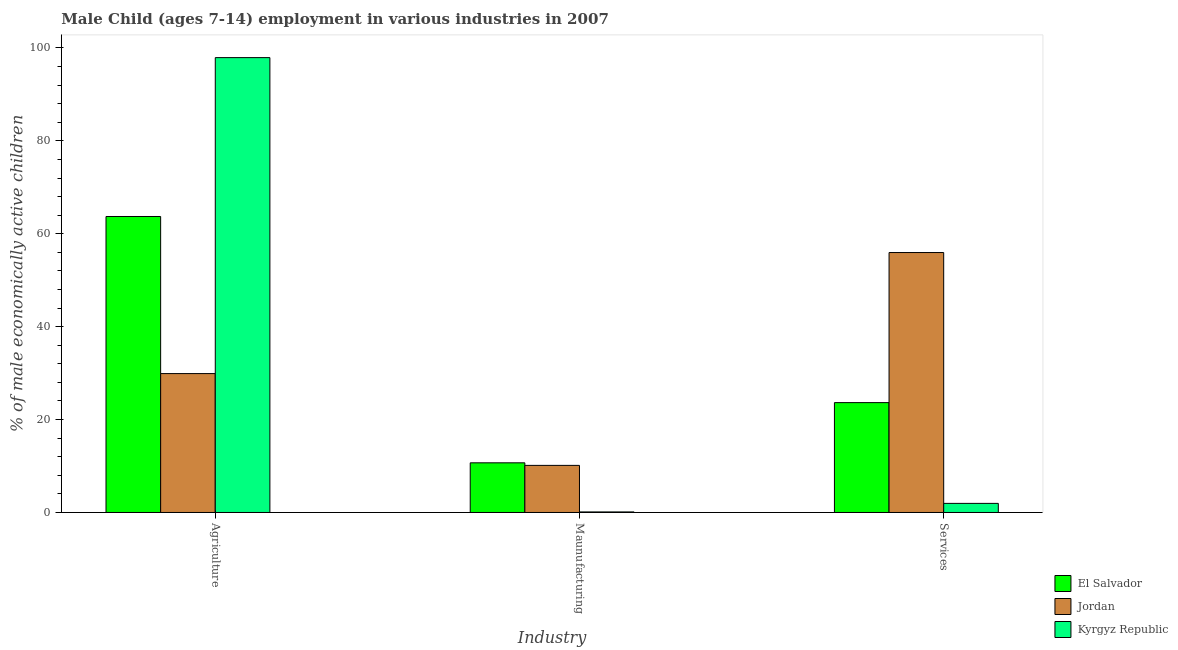
| Industry | El Salvador | Jordan | Kyrgyz Republic |
 | --- | --- | --- | --- |
 | Agriculture | 63.7 | 29.9 | 97.9 |
 | Maunufacturing | 10.7 | 10.1 | 0.12 |
 | Services | 23.6 | 56 | 1.96 |